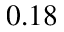
0 . 1 8